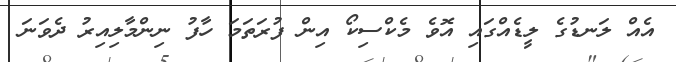
އެއް ލަނޑުގެ ލީޑެއްގައި އޮވެ މެކްސިކޯ އިން ފުރަތަމަ ހާފު ނިންމާލިއިރު ދެވަނަ